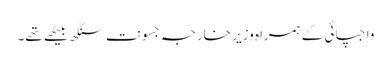
واجپائی کے ہمراہ وزیر خارجہ جسونت سنگھ بیٹھے تھے۔